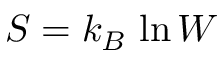
S = k _ { B } \, \ln W